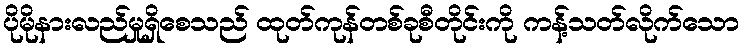
ပိုမိုနားလည်မှုရှိစေသည် ထုတ်ကုန်တစ်ခုစီတိုင်းကို ကန့်သတ်လိုက်သော